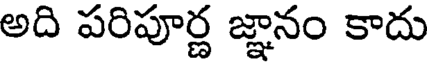
అది పరిపూర్ణ జ్ఞానం కాదు